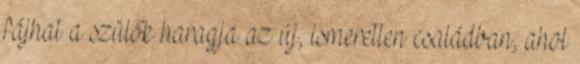
fájhat a szülők haragja az új, ismeretlen családban, ahol